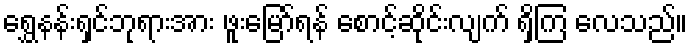
ရွှေနန်းရှင်ဘုရားအား ဖူးမြော်ရန် စောင့်ဆိုင်းလျက် ရှိကြ လေသည်။